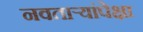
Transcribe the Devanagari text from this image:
नवताऱ्यांपेक्षा